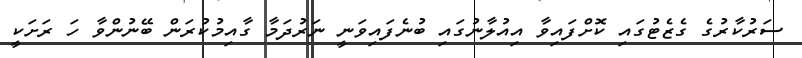
ސަރުކާރުގެ ގެޒެޓުގައި ކޮށްފައިވާ އިއުލާނުގައި ބުނެފައިވަނީ ނަރުދަމާ ގާއިމުކުރަން ބޭނުންވާ ހަ ރަށަކީ